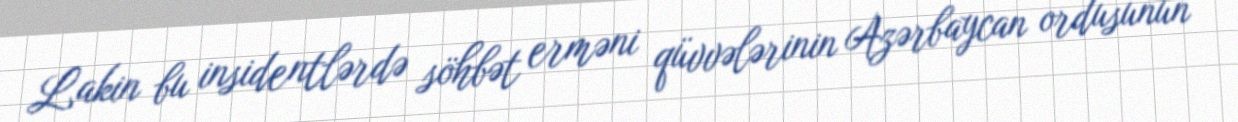
Lakin bu insidentlərdə söhbət erməni qüvvələrinin Azərbaycan ordusunun